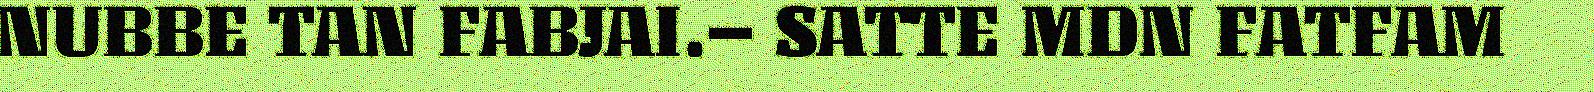
NUBBE TAN FABJAI.– SATTE MDN FATFAM